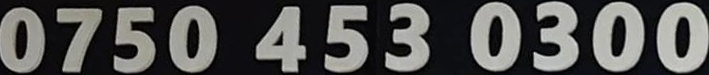
0750 453 0300